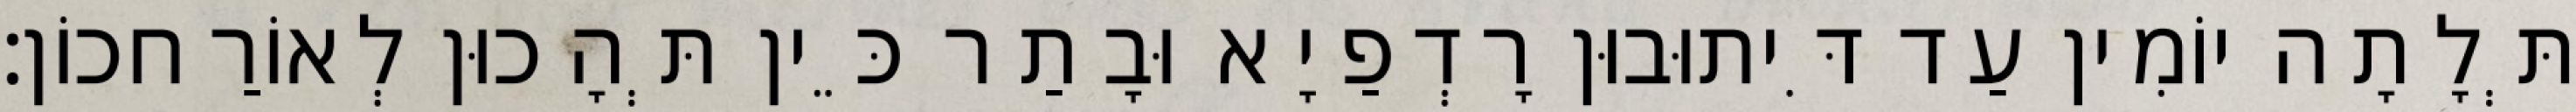
תְּלָתָה יוֹמִין עַד דִּיתוּבוּן רָדְפַיָא וּבָתַר כֵּין תְּהָכוּן לְאוֹרַחכוֹן׃